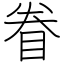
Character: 眷